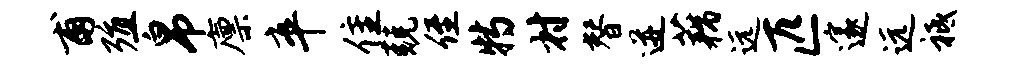
甫殖帛廪卒隹兢侄特村替迸藕远匹邃远祗